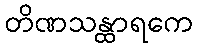
တိဏသန္ထာရကေ